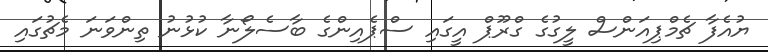
ޔުއެފާ ޗެމްޕިއަންސް ލީގުގެ ގްރޫޕް އީގައި ސްޕެއިންގެ ބާސެލޯނާ ކުޅުނު ތިންވަނަ މެޗުގައި